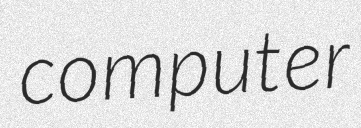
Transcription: computer